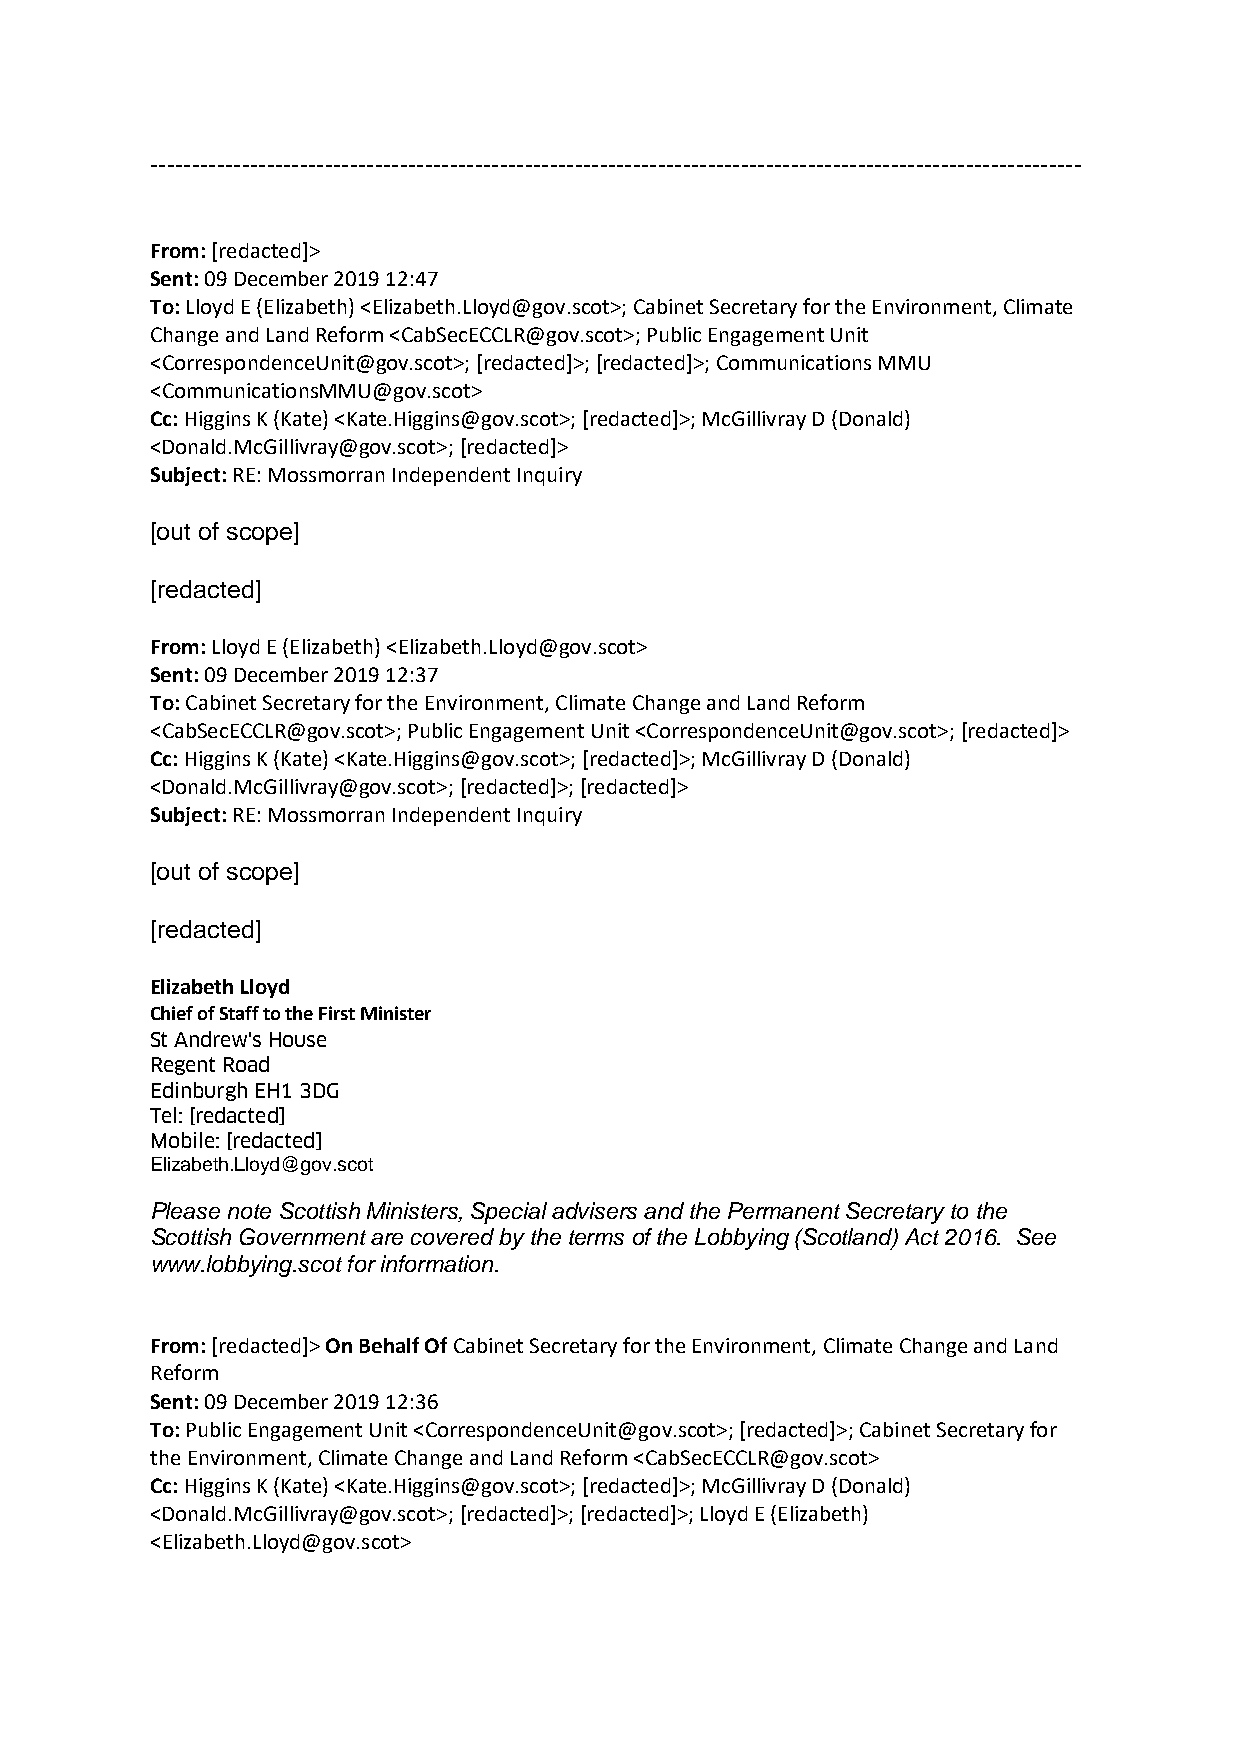
----------------------------------------------------------------------------------------------------------------
 From: [redacted]>
 Sent: 09 December 2019 12:47
 To: Lloyd E (Elizabeth) <Elizabeth.Lloyd@gov.scot>; Cabinet Secretary for the Environment, Climate
 Change and Land Reform <CabSecECCLR@gov.scot>; Public Engagement Unit
 <CorrespondenceUnit@gov.scot>; [redacted]>; [redacted]>; Communications MMU
 <CommunicationsMMU@gov.scot>
 Cc: Higgins K (Kate) <Kate.Higgins@gov.scot>; [redacted]>; McGillivray D (Donald)
 <Donald.McGillivray@gov.scot>; [redacted]>
 Subject: RE: Mossmorran Independent Inquiry
 [out of scope]
 [redacted]
 From: Lloyd E (Elizabeth) <Elizabeth.Lloyd@gov.scot>
 Sent: 09 December 2019 12:37
 To: Cabinet Secretary for the Environment, Climate Change and Land Reform
 <CabSecECCLR@gov.scot>; Public Engagement Unit <CorrespondenceUnit@gov.scot>; [redacted]>
 Cc: Higgins K (Kate) <Kate.Higgins@gov.scot>; [redacted]>; McGillivray D (Donald)
 <Donald.McGillivray@gov.scot>; [redacted]>; [redacted]>
 Subject: RE: Mossmorran Independent Inquiry
 [out of scope]
 [redacted]
 Elizabeth Lloyd
 Chief of Staff to the First Minister
 St Andrew's House
 Regent Road
 Edinburgh EH1 3DG
 Tel: [redacted]
 Mobile: [redacted]
 Elizabeth.Lloyd@gov.scot
 Please note Scottish Ministers, Special advisers and the Permanent Secretary to the
 Scottish Government are covered by the terms of the Lobbying (Scotland) Act 2016. See
 www.lobbying.scot for information.
 From: [redacted]> On Behalf Of Cabinet Secretary for the Environment, Climate Change and Land
 Reform
 Sent: 09 December 2019 12:36
 To: Public Engagement Unit <CorrespondenceUnit@gov.scot>; [redacted]>; Cabinet Secretary for
 the Environment, Climate Change and Land Reform <CabSecECCLR@gov.scot>
 Cc: Higgins K (Kate) <Kate.Higgins@gov.scot>; [redacted]>; McGillivray D (Donald)
 <Donald.McGillivray@gov.scot>; [redacted]>; [redacted]>; Lloyd E (Elizabeth)
 <Elizabeth.Lloyd@gov.scot>